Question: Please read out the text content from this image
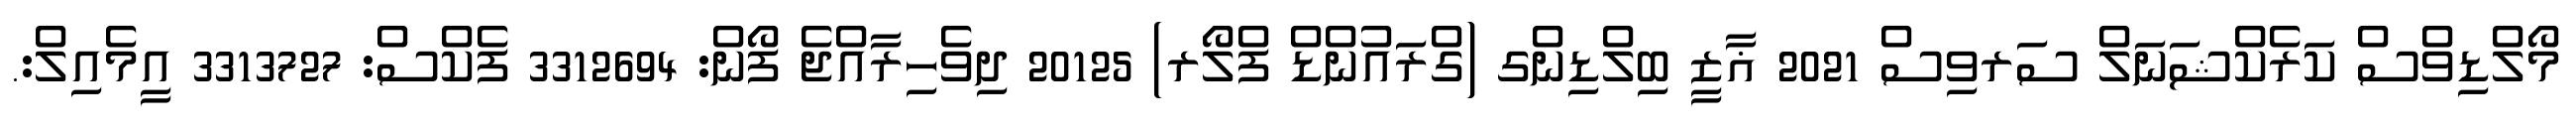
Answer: މޯލްޑިވްސް ކަރެކްޝަނަލް ސަރވިސް 2021 ޣާޒީ ބިލްޑިންގ (ގްރައުންޑް ފްލޯރ) 20125 ދިވެހިރާއްޖެ ފޯން: 3312694 ފެކްސް: 3313727 އީމެއިލް:.